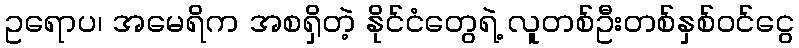
ဥရောပ၊ အမေရိက အစရှိတဲ့ နိုင်ငံတွေရဲ့ လူတစ်ဦးတစ်နှစ်ဝင်ငွေ